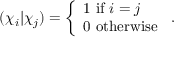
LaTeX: ( \chi _ { i } | \chi _ { j } ) = { \left\{ \begin{array} { l l } { 1 { \mathrm { ~ i f ~ } } i = j } \\ { 0 { \mathrm { ~ o t h e r w i s e ~ } } } \end{array} \right. } .